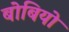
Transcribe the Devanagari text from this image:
बोबियो